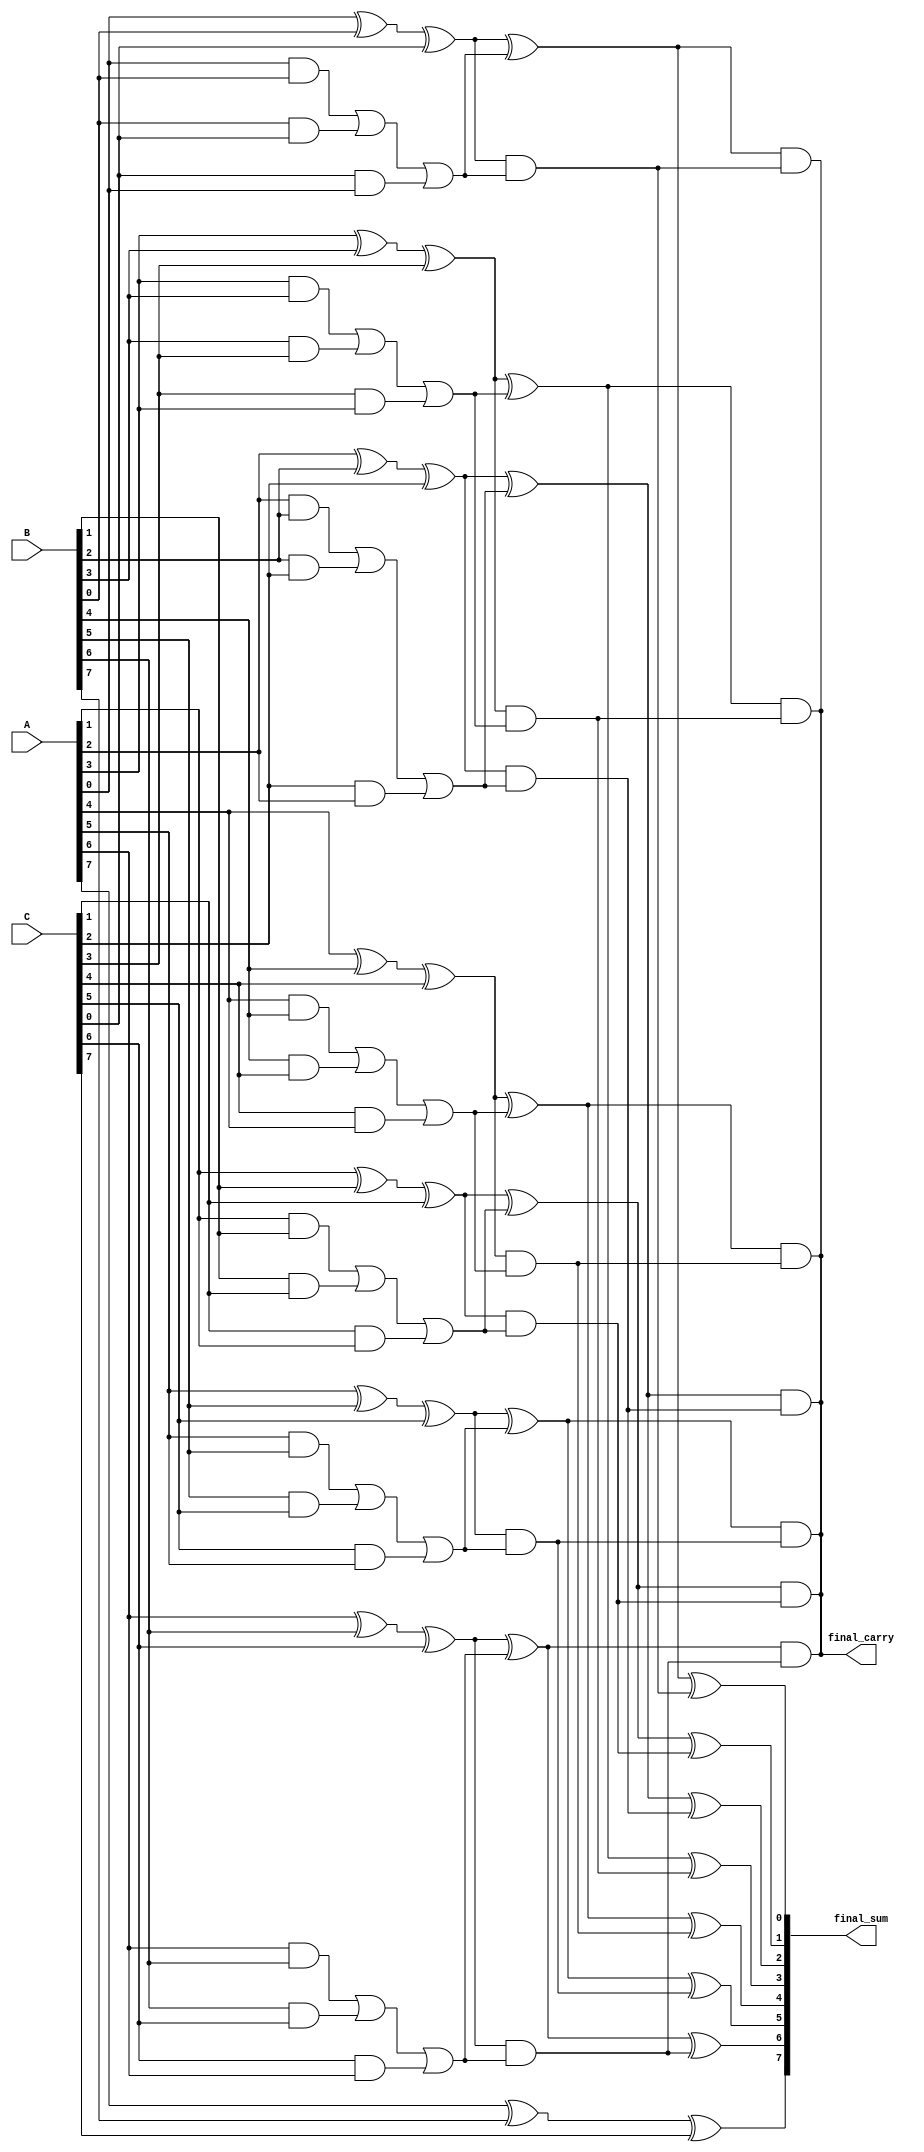
module CarrySaveAdder (
    input [N-1:0] A, // First input
    input [N-1:0] B, // Second input
    input [N-1:0] C, // Third input
    output [N-1:0] final_sum, // Final sum output
    output final_carry // Final carry output
);
    parameter N = 8; // Width of inputs

    // Intermediate sum and carry arrays
    wire [N-1:0] sum;
    wire [N-1:0] carry;

    // Generate the sum and carry bits using Full Adders
    genvar i;
    generate
        for (i = 0; i < N; i = i + 1) begin : CSA
            assign sum[i] = A[i] ^ B[i] ^ C[i]; // Sum bit
            assign carry[i] = (A[i] & B[i]) | (B[i] & C[i]) | (C[i] & A[i]); // Carry bit
        end
    endgenerate

    // Reduction tree logic
    wire [N-1:0] reduced_sum;
    wire [N-1:0] reduced_carry;

    // First stage of reduction (pairwise addition of sum and carry)
    generate
        for (i = 0; i < N; i = i + 1) begin : ReductionStage1
            if (i < N-1) begin
                assign reduced_sum[i] = sum[i] ^ carry[i]; // Half adder logic
                assign reduced_carry[i] = sum[i] & carry[i]; // Carry from half adder
            end else begin
                assign reduced_sum[i] = sum[i]; // Last bit
                assign reduced_carry[i] = carry[i]; // Last bit carry
            end
        end
    endgenerate

    // Second stage of reduction (combining results)
    wire [N-1:0] final_reduced_sum;
    wire final_reduced_carry;

    // Final reduction step
    generate
        for (i = 0; i < N; i = i + 1) begin : FinalReduction
            if (i < N-1) begin
                assign final_reduced_sum[i] = reduced_sum[i] ^ reduced_carry[i]; // Final sum
                assign final_reduced_carry = reduced_sum[i] & reduced_carry[i]; // Final carry
            end else begin
                assign final_reduced_sum[i] = reduced_sum[i]; // Last bit
            end
        end
    endgenerate

    // Final outputs
    assign final_sum = final_reduced_sum;
    assign final_carry = final_reduced_carry;

endmodule